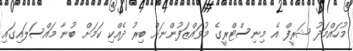
މުހައްމަދު ޝަރީފް އެ މިނިސްޓްރީގެ މުވައްޒަފުންނަށް ބިރު ދެއްކި ކަމަށް ބުނާ މައްސަލައިގައި